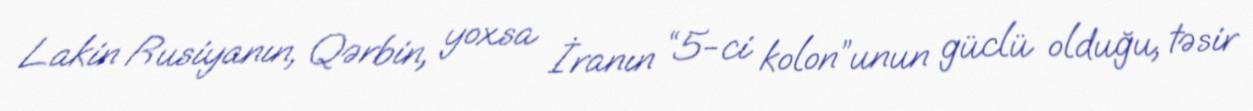
Lakin Rusiyanın, Qərbin, yoxsa İranın “5-ci kolon”unun güclü olduğu, təsir